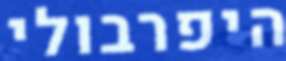
היפרבולי